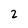
Character: 2